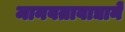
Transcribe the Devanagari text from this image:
मानवतावाद्याने